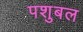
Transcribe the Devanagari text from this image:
पशुबल